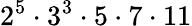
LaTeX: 2^{5}\cdot 3^{3}\cdot 5\cdot 7\cdot 11